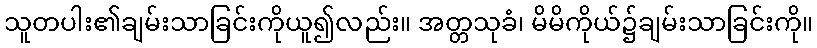
သူတပါး၏ချမ်းသာခြင်းကိုယူ၍လည်း။ အတ္တသုခံ၊ မိမိကိုယ်၌ချမ်းသာခြင်းကို။